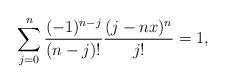
\begin{align*}\sum_{j=0}^{n}\frac{(-1)^{n-j}}{(n-j)!}\frac{(j-nx)^n}{j!}=1,\end{align*}